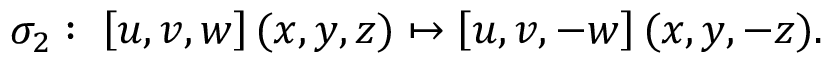
\sigma _ { 2 } : \; \left[ u , v , w \right] ( x , y , z ) \mapsto \left[ u , v , - w \right] ( x , y , - z ) .